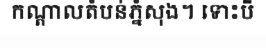
កណ្តាលតំបន់ភ្នំសុង។ ទោះបី